system: You are a helpful assistant.
user:
Analyze the provided spectrum to determine if it is a **M-type Giant (gM)**.

A M-type Giant spectrum is defined by its **strong molecular absorption** features, particularly from **Titanium Oxide (TiO)**. You must check for one of the following mutually exclusive signatures:

- **Key Visual Indicators (Absorption-Dominated Spectrum):**

    - **(Primary):** The spectrum is dominated by strong molecular absorption from **Titanium Oxide (TiO)**. This is the **defining feature** of its M-type temperature class.
        - **(Key Bandheads):** Look for sharp, "saw-tooth" absorption valleys. The strongest are located near **~7050 Å**, **~6160 Å**, and **~5170 Å**.
        - **(Line Profile):** The "saw-tooth" morphology is critical: a **sharp, steep drop on the BLUE (short-wavelength) side** of the bandhead, followed by a gradual recovery (rising flux) towards the RED (long-wavelength) side.

    - **(Key Confirmation - Giant vs. Dwarf):** **ABSENCE** of strong **Calcium Hydride (CaH)** molecular bands. This is the primary diagnostic for *excluding* M-dwarfs.
        - **(Key Region):** The spectrum should lack the strong, broad absorption band seen in dwarfs between **~6800 Å and ~7000 Å**.

    - **(Secondary Confirmation - Giant):** A very strong and broad **Neutral Calcium (Ca I)** atomic absorption line.
        - **(Key Line):** Located at **~4226 Å**. In a giant (gM), this line is significantly deeper and broader than the same line in an M-dwarf (dM) due to low surface gravity.

    - **(Overall Spectrum):**
        - The continuum is **extremely red-sloping** (i.e., flux is very low in the blue and rises dramatically towards the red).
        - The entire spectrum appears "chopped up" by the deep TiO bands.

Think first, call **spectral_visualization_tool** if needed to examine features in detail, then provide your final answer. Your response must adhere to the following strict rules:
1.  **Overall Structure:** Your response must follow the format `<think>...</think> <tool_call>...</tool_call> (if a tool is used) <answer>...</answer>`.
2.  **Tool Usage Constraint:** You may only make **one** tool call per turn.
3.  **Final Answer Format:** In the `<answer>` tag, your conclusion must be inside a `\boxed{}` command (e.g., `\boxed{YES}` or `\boxed{NO}`), followed by your justification.

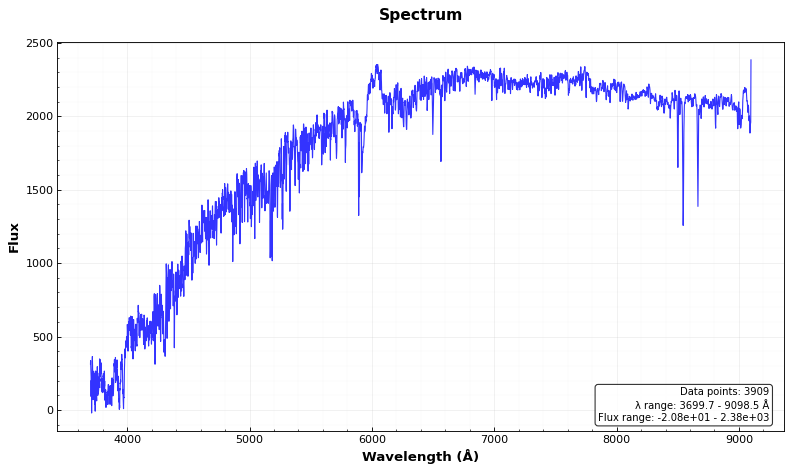
Answer: NO